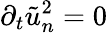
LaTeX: \partial_{t}\tilde{u}_{n}^{2}=0